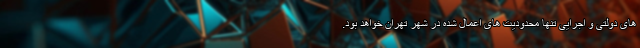
های دولتی و اجرایی تنها محدودیت های اعمال شده در شهر تهران خواهد بود.